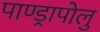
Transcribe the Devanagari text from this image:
पाण्ड्रापोलु